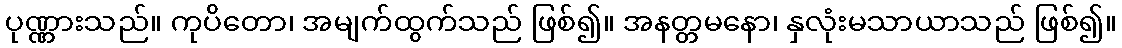
ပုဏ္ဏားသည်။ ကုပိတော၊ အမျက်ထွက်သည် ဖြစ်၍။ အနတ္တမနော၊ နှလုံးမသာယာသည် ဖြစ်၍။